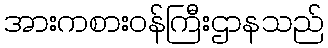
အားကစားဝန်ကြီးဌာနသည်